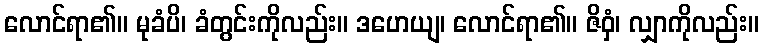
လောင်ရာ၏။ မုခံပိ၊ ခံတွင်းကိုလည်း။ ဒဟေယျ၊ လောင်ရာ၏။ ဇိဝှံ၊ လျှာကိုလည်း။